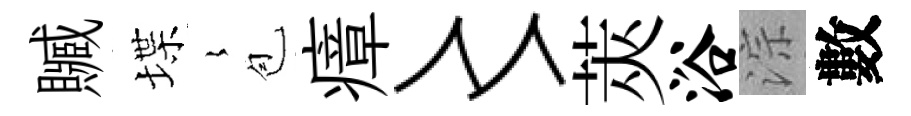
贓堞𡻕苞瘴〻莢浴淙數